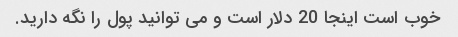
خوب است اینجا 20 دلار است و می توانید پول را نگه دارید.